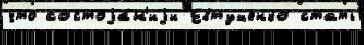
что состоjа́н'иjи Евтушенко стать